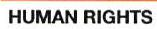
HUMAN RIGHTS